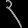
Digit: ၃